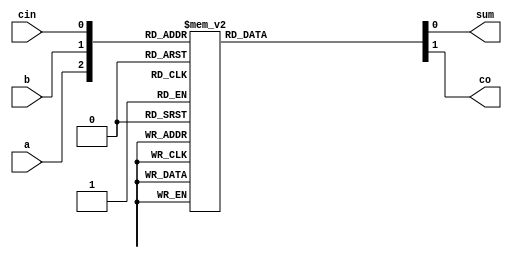
module full_adder_beh(a,b,cin,sum,co);
  input a,b,cin;
  output sum,co;
 always@*
   case({a,b,cin})
     3'b000: begin sum=0; co=0; end
     3'b001: {co,sum}=2'b01;
     3'b010: {co,sum}=2'b01;
     3'b011: {co,sum}=2'b10;
     3'b100: {co,sum}=2'b01;
     3'b101: {co,sum}=2'b10;
     3'b110: {co,sum}=2'b10;
     3'b111: {co,sum}=2'b11;
    endcase
 endmodule